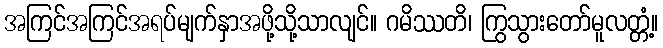
အကြင်အကြင်အရပ်မျက်နှာအဖို့သို့သာလျင်။ ဂမိဿတိ၊ ကြွသွားတော်မူလတ္တံ့။